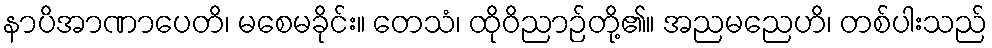
နာပိအာဏာပေတိ၊ မစေမခိုင်း။ တေသံ၊ ထိုဝိညာဉ်တို့၏။ အညမညေဟိ၊ တစ်ပါးသည်